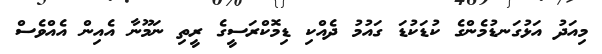
މިއަދު އަޅުގަނޑުމެންގެ ކުޑަކުޑަ ގައުމު ދެއްކި ޑިމޮކްރަސީގެ ރީތި ނަމޫނާ އެއިން އެއްވެސް